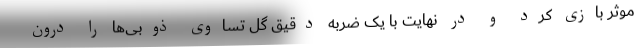
موثر بازی کرد و در نهایت با یک ضربه دقیق گل تساوی ذوبی‌ها را درون